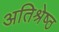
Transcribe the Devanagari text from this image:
अतिश्रेष्‍ठ